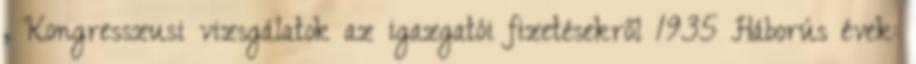
, Kongresszusi vizsgálatok az igazgatói fizetésekről 1935 Háborús évek: